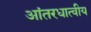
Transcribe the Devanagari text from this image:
आंतरधात्वीय